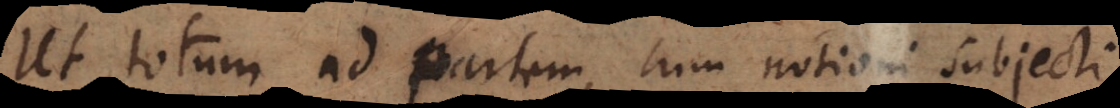
Ut totum ad partem, cum notioni subjecti